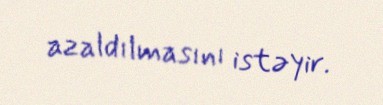
azaldılmasını istəyir.